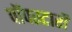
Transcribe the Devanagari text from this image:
पॉपस्टारों